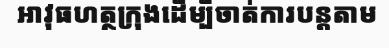
អាវុធហត្ថក្រុងដើម្បីចាត់ការបន្តតាម